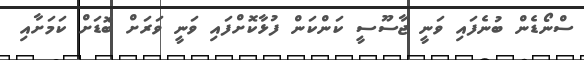
ސްނޯޑެން ބުނެފައި ވަނީ ޖާސޫސީ ކަންކަން ފުޅާކޮށްފައި ވަނީ ވަރަށް ބޮޑަށް ކަމަށާއި